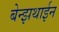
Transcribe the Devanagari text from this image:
बेन्झथाईन